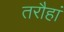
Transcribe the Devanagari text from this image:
तरौहां